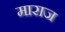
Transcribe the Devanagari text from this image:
माराज